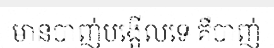
មានបាញ់បង្អើលទេ គឺបាញ់